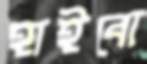
হাইবো